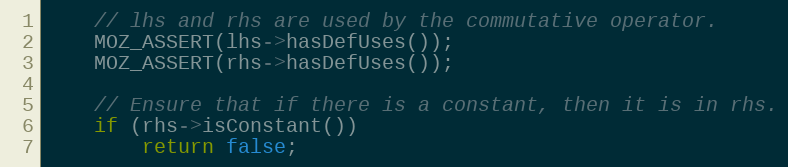
Language: C++
    // lhs and rhs are used by the commutative operator.
    MOZ_ASSERT(lhs->hasDefUses());
    MOZ_ASSERT(rhs->hasDefUses());

    // Ensure that if there is a constant, then it is in rhs.
    if (rhs->isConstant())
        return false;